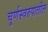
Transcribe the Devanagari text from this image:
चूर्णस्वरुपातील